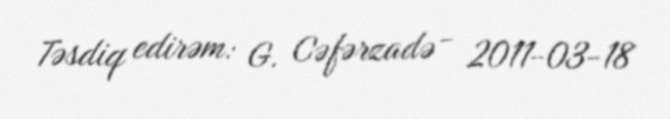
Təsdiq edirəm: G. Cəfərzadə - 2011-03-18